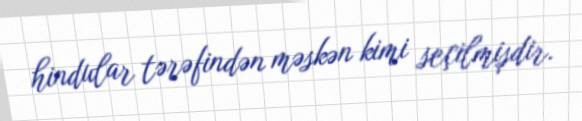
hindular tərəfindən məskən kimi seçilmişdir.